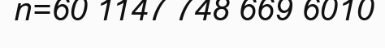
n=60 1147 748 669 6010